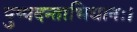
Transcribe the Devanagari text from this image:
पुष्पदन्ताभिधानः।